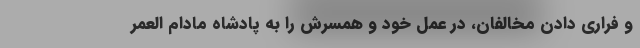
و فراری دادن مخالفان، در عمل خود و همسرش را به پادشاه مادام العمر